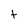
Character: t